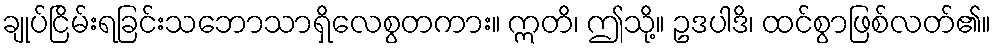
ချုပ်ငြိမ်းရခြင်းသဘောသာရှိလေစွတကား။ ဣတိ၊ ဤသို့။ ဥဒပါဒိ၊ ထင်စွာဖြစ်လတ်၏။